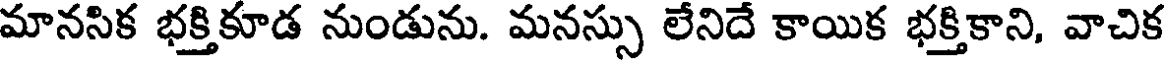
మానసిక భక్తికూడ నుండును. మనస్సు లేనిదే కాయిక భక్తికాని, వాచిక